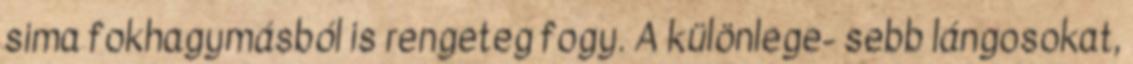
sima fokhagymásból is rengeteg fogy. A különlege- sebb lángosokat,